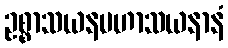
ဥစ္စာသယနမဟာသယနာနံ